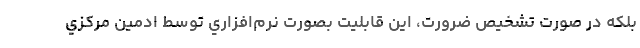
بلكه در صورت تشخيص ضرورت، اين قابليت بصورت نرم‌افزاري توسط ادمين مركزي